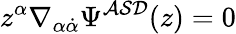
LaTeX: z^{\alpha}\nabla_{\alpha{\dot{\alpha}}}\Psi^{{\cal ASD}}(z)=0